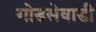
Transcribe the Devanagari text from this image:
गोडसेवाडी